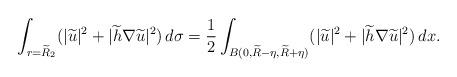
LaTeX: \begin{align*} \int_{r=\widetilde{R}_2}(|\widetilde{u}|^2 +|\widetilde{h}\nabla \widetilde{u}|^2)\,d\sigma =\frac{1}{2}\int_{B(0,\widetilde{R}-\eta,\widetilde{R}+\eta)}(|\widetilde{u}|^2 + |\widetilde{h}\nabla \widetilde{u}|^2)\,d x. \end{align*}